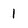
Character: 1